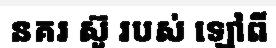
នគរ ស៊ូ របស់ ឡៅពី